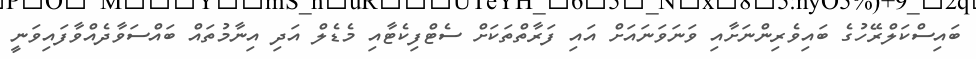
ބައިސްކަލްރޭހުގެ ބައިވެރިންނަށާއި ވަނަވަނައަށް އައި ފަރާތްތަކަށް ސެޓްފިކެޓާއި މެޑެލް އަދި އިނާމުތައް ބައްސަވާދެއްވާފައިވަނީ